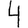
Digit: 4